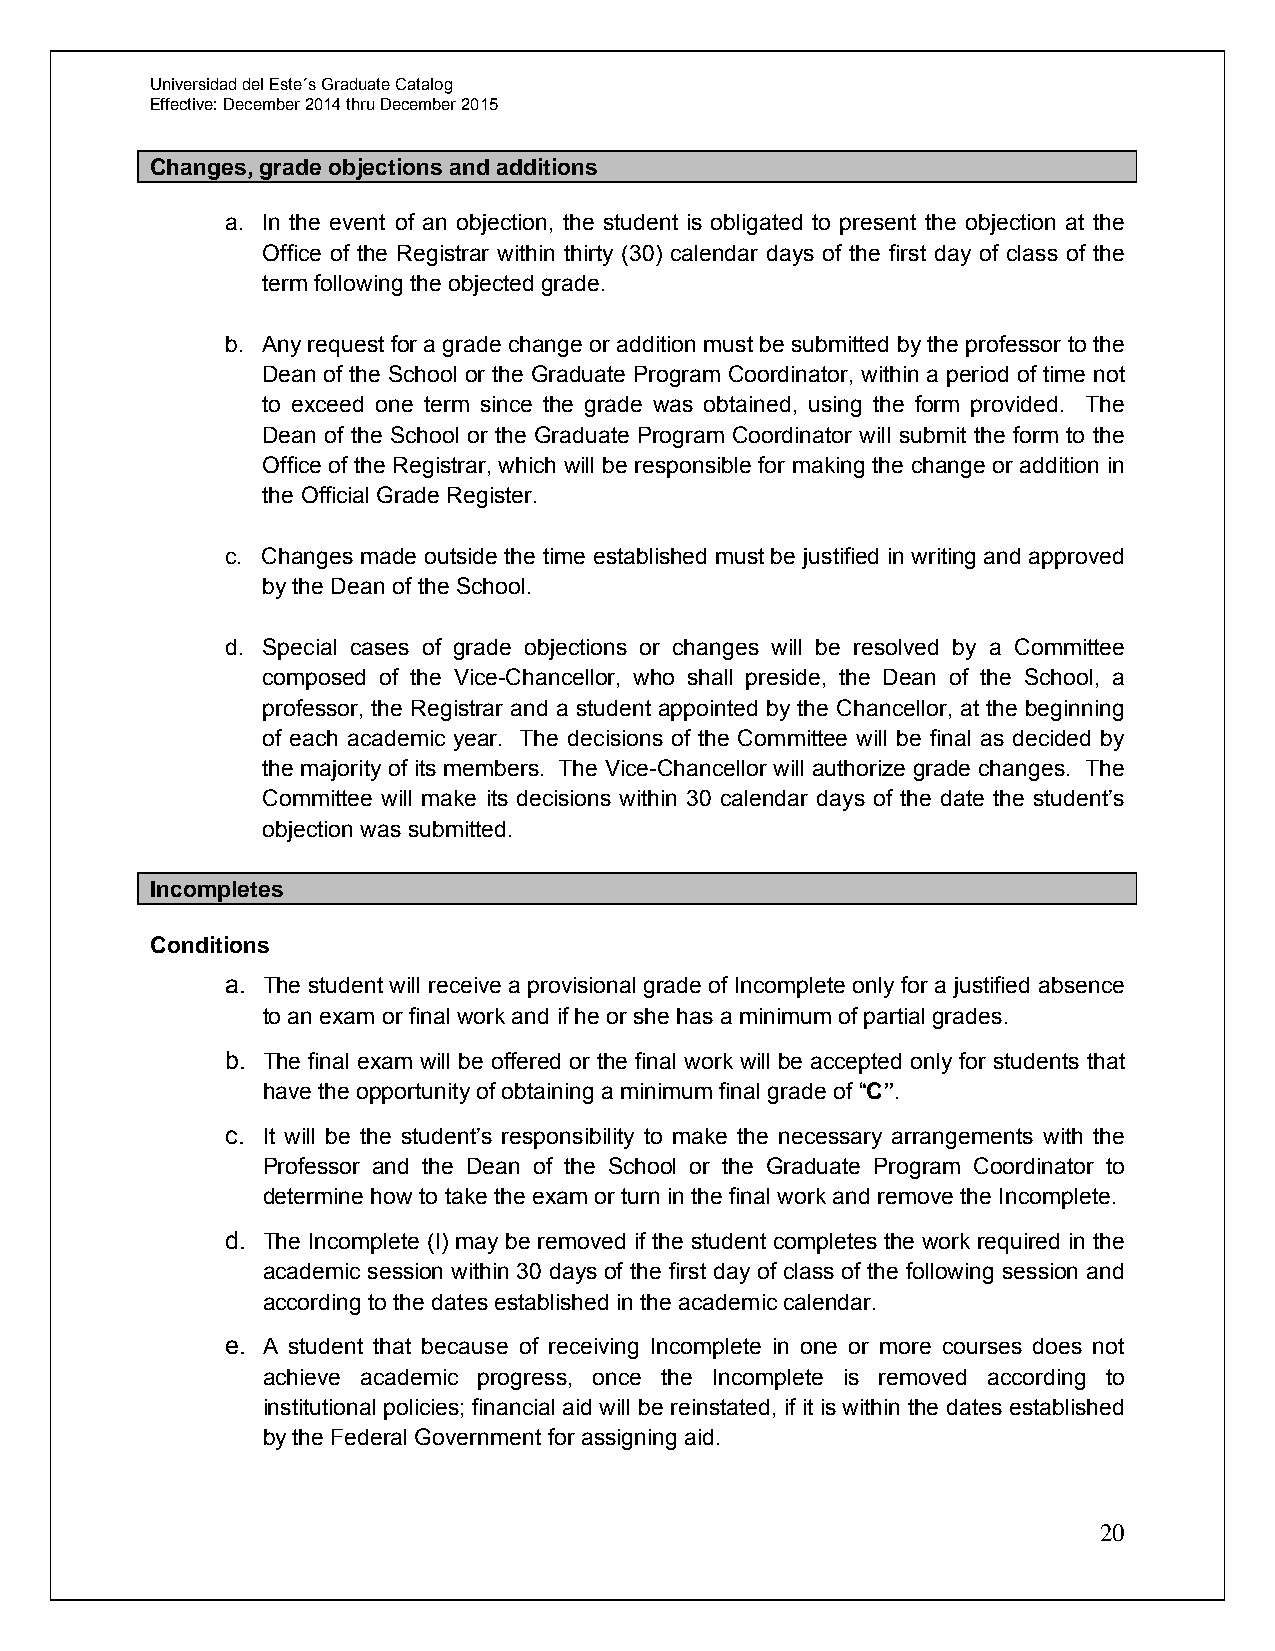
Universidad del Este´s Graduate Catalog
 Effective: December 2014 thru December 2015
 Changes, grade objections and additions
 a. In the event of an objection, the student is obligated to present the objection at the
 Office of the Registrar within thirty (30) calendar days of the first day of class of the
 term following the objected grade.
 b. Any request for a grade change or addition must be submitted by the professor to the
 Dean of the School or the Graduate Program Coordinator, within a period of time not
 to exceed one term since the grade was obtained, using the form provided. The
 Dean of the School or the Graduate Program Coordinator will submit the form to the
 Office of the Registrar, which will be responsible for making the change or addition in
 the Official Grade Register.
 c. Changes made outside the time established must be justified in writing and approved
 by the Dean of the School.
 d. Special cases of grade objections or changes will be resolved by a Committee
 composed of the Vice-Chancellor, who shall preside, the Dean of the School, a
 professor, the Registrar and a student appointed by the Chancellor, at the beginning
 of each academic year. The decisions of the Committee will be final as decided by
 the majority of its members. The Vice-Chancellor will authorize grade changes. The
 Committee will make its decisions within 30 calendar days of the date the student’s
 objection was submitted.
 Incompletes
 Conditions
 a. The student will receive a provisional grade of Incomplete only for a justified absence
 to an exam or final work and if he or she has a minimum of partial grades.
 b. The final exam will be offered or the final work will be accepted only for students that
 have the opportunity of obtaining a minimum final grade of “C”.
 c. It will be the student’s responsibility to make the necessary arrangements with the
 Professor and the Dean of the School or the Graduate Program Coordinator to
 determine how to take the exam or turn in the final work and remove the Incomplete.
 d. The Incomplete (I) may be removed if the student completes the work required in the
 academic session within 30 days of the first day of class of the following session and
 according to the dates established in the academic calendar.
 e. A student that because of receiving Incomplete in one or more courses does not
 achieve academic progress, once the Incomplete is removed according to
 institutional policies; financial aid will be reinstated, if it is within the dates established
 by the Federal Government for assigning aid.
 20